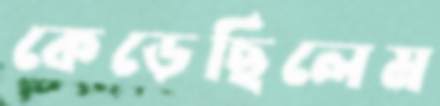
কেড়েছিলেম